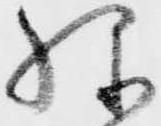
様